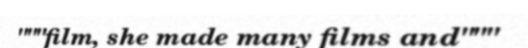
"""film, she made many films and"""